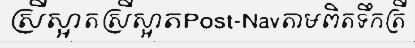
ស្រីស្អាតស្រីស្អាតPost-Navតាមពិតទឹកត្រី